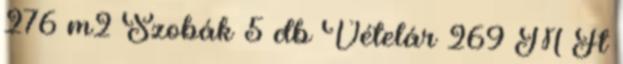
276 m2 Szobák 5 db Vételár 269 M Ft